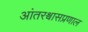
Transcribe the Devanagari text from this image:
आंतरश्वासप्रणाल